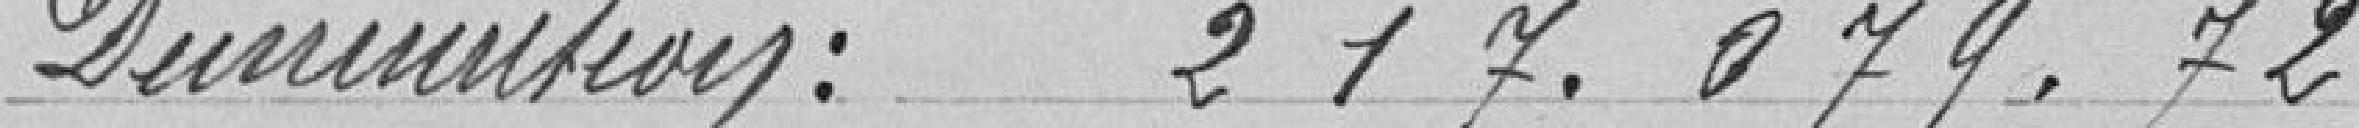
Diminution : 217.079,72 francs